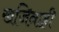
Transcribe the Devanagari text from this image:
खजिनाही